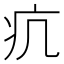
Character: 𤴪